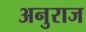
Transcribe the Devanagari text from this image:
अनुराज